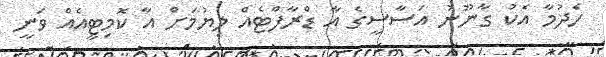
ހެދުމާ އެކު ގާނޫނު އަސާސީގެ އާ ޑްރާފްޓެއް ލިޔުމަށް އާ ކޮމިޓީއެއް ވަނީ